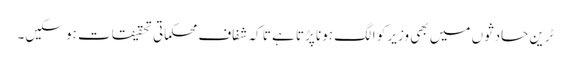
ٹرین حادثوں میں بھی وزیر کو الگ ہونا پڑتا ہے تا کہ شفاف محکماتی تحقیقات ہو سکیں۔